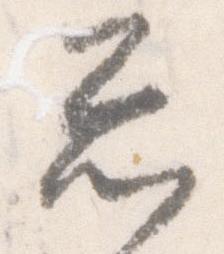
忩